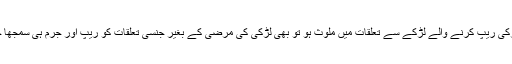
چاہے لڑکی ریپ کرنے والے لڑکے سے تعلقات میں ملوث ہو تو بھی لڑکی کی مرضی کے بغیر جنسی تعلقات کو ریپ اور جرم ہی سمجھا جاتا ہے۔